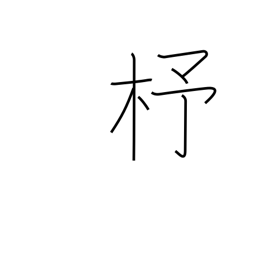
Meaning: shuttle